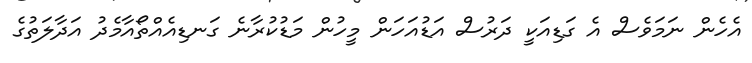
އެހެން ނަމަވެސް އެ ގަޑިއަކީ ދަރުސް އަޑުއަހަން މީހުން މަޑުކުރާނެ ގަނޑިއެއްތޯއާމެދު އަދާލަތުގެ